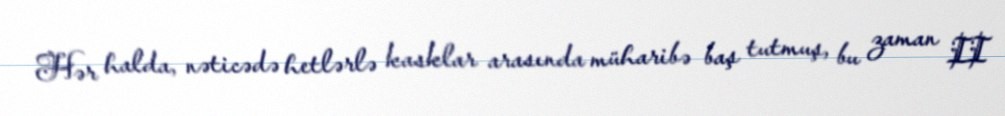
Hər halda, nəticədə hetlərlə kasklar arasında müharibə baş tutmuş, bu zaman II